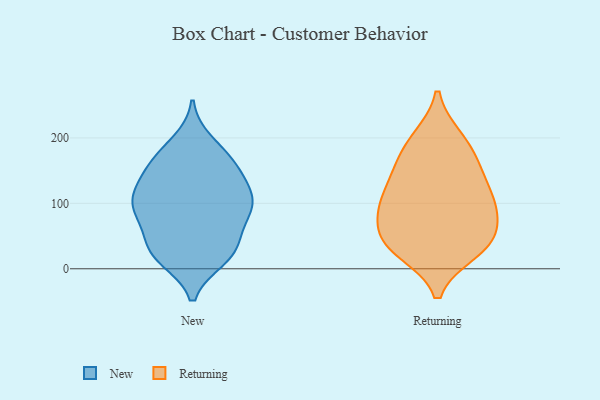
{"axis": {"x": "Backlog", "y": "Value"}, "legend": ["New", "Returning"], "data": [{"x": "", "y": 51, "type": "New"}, {"x": "", "y": 106, "type": "New"}, {"x": "", "y": 22, "type": "New"}, {"x": "", "y": 154, "type": "New"}, {"x": "", "y": 30, "type": "New"}, {"x": "", "y": 101, "type": "New"}, {"x": "", "y": 170, "type": "New"}, {"x": "", "y": 152, "type": "New"}, {"x": "", "y": 130, "type": "New"}, {"x": "", "y": 129, "type": "New"}, {"x": "", "y": 84, "type": "New"}, {"x": "", "y": 20, "type": "New"}, {"x": "", "y": 171, "type": "New"}, {"x": "", "y": 193, "type": "New"}, {"x": "", "y": 16, "type": "New"}, {"x": "", "y": 32, "type": "New"}, {"x": "", "y": 94, "type": "New"}, {"x": "", "y": 77, "type": "New"}, {"x": "", "y": 104, "type": "New"}, {"x": "", "y": 94, "type": "New"}, {"x": "", "y": 44, "type": "Returning"}, {"x": "", "y": 162, "type": "Returning"}, {"x": "", "y": 103, "type": "Returning"}, {"x": "", "y": 43, "type": "Returning"}, {"x": "", "y": 39, "type": "Returning"}, {"x": "", "y": 156, "type": "Returning"}, {"x": "", "y": 96, "type": "Returning"}, {"x": "", "y": 80, "type": "Returning"}, {"x": "", "y": 199, "type": "Returning"}, {"x": "", "y": 138, "type": "Returning"}, {"x": "", "y": 35, "type": "Returning"}, {"x": "", "y": 27, "type": "Returning"}, {"x": "", "y": 111, "type": "Returning"}, {"x": "", "y": 91, "type": "Returning"}, {"x": "", "y": 195, "type": "Returning"}]}